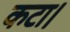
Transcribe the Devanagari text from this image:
कटा।